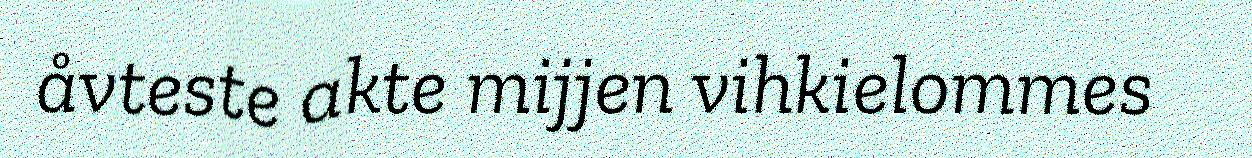
åvteste akte mijjen vihkielommes